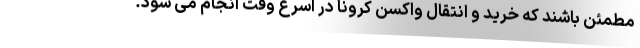
مطمئن باشند که خرید و انتقال واکسن کرونا در اسرع وقت انجام می شود.